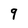
Character: 9